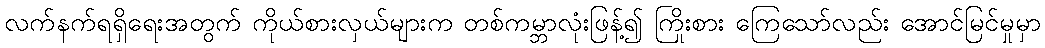
လက်နက်ရရှိရေးအတွက် ကိုယ်စားလှယ်များက တစ်ကမ္ဘာလုံးဖြန့်၍ ကြိုးစား ကြေသော်လည်း အောင်မြင်မှုမှာ